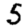
Digit: 5